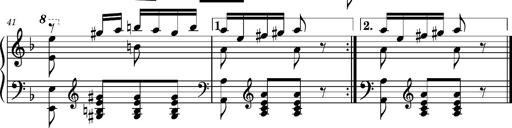
Title: Ungarischer Romanzero
Composer: Franz Liszt